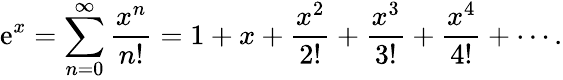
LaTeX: \mathrm{e}^{x}=\sum_{n=0}^{\infty}{\frac{{x^{n}}}{{n!}}}=1+x+{\frac{{x^{2}}}{{2!}}}+{\frac{{x^{3}}}{{3!}}}+{\frac{{x^{4}}}{{4!}}}+\cdots.